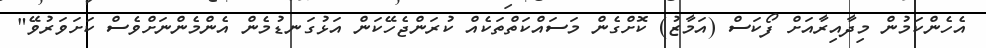
އެހެންކަމުން މިދާއިރާއަށް ފޯކަސް (އަމާޒު) ކޮށްގެން މަސައްކަތްތަކެއް ކުރަންޖެހޭކަން އަޅުގަނޑުމެން އެންމެންނަށްވެސް ކަށަވަރުވޭ"